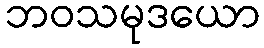
ဘဝသမုဒယော